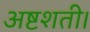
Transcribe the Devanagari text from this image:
अष्टशती।